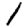
Digit: 1